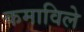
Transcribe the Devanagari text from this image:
कमाविले